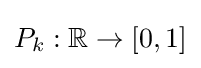
P_{k}:\mathbb {R} \rightarrow [0,1]